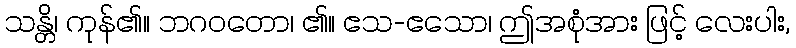
သန္တိ၊ ကုန်၏။ ဘဂဝတော၊ ၏။ ဧသ-ဧသော၊ ဤအစုံအား ဖြင့် လေးပါး,